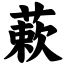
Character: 蔌